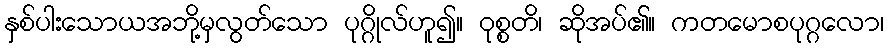
နှစ်ပါးသောယအဘို့မှလွတ်သော ပုဂ္ဂိုလ်ဟူ၍။ ဝုစ္စတိ၊ ဆိုအပ်၏။ ကတမောစပုဂ္ဂလော၊